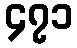
၄၇၁